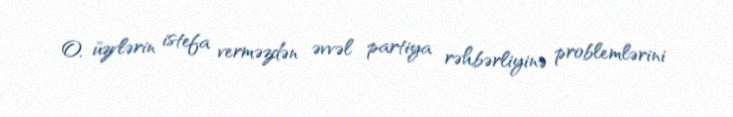
O, üzvlərin istefa verməzdən əvvəl partiya rəhbərliyinə problemlərini